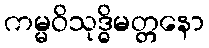
ကမ္မဝိသုဒ္ဓိမတ္တနော